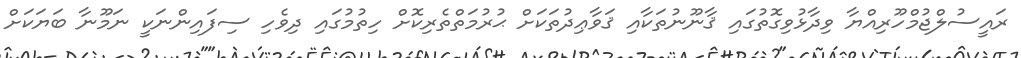
ރައީސުލްޖުމްހޫރިއްޔާ ވިދާޅުވިގޮތުގައި ޤާނޫނުތަކާއި ޤަވާޢިދުތަކަށް ޙުރުމަތްތެރިކޮށް ހިތުމުގައި ދިވެހި ސިފައިންނަކީ ނަމޫނާ ބަޔަކަށް